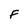
Character: F